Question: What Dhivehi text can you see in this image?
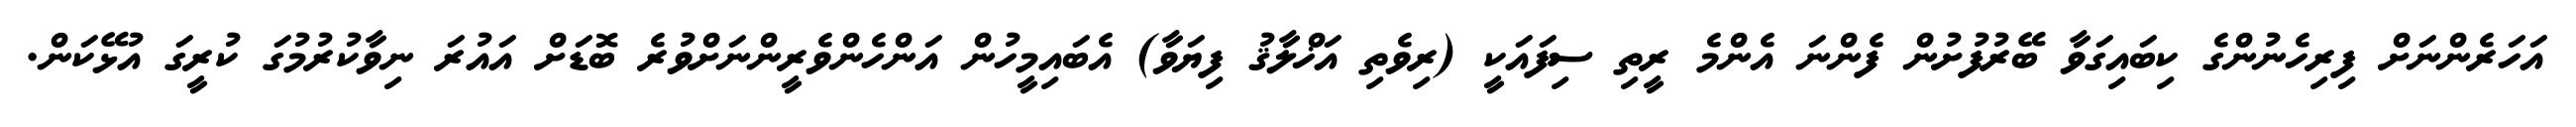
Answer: އަހަރެންނަށް ފިރިހެނުންގެ ކިބައިގަވާ ބޭރުފުށުން ފެންނަ އެންމެ ރީތި ސިފައަކީ (ރިވެތި އަޚްލާޤު ފިޔަވާ) އެބައިމީހުން އަންހެންވެރީންނަށްވުރެ ބޮޑަށް އައުރަ ނިވާކުރުމުގަ ކުރީގަ އުޅޭކަން.